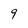
Character: 9